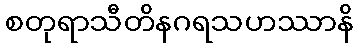
စတုရာသီတိနဂရသဟဿာနိ